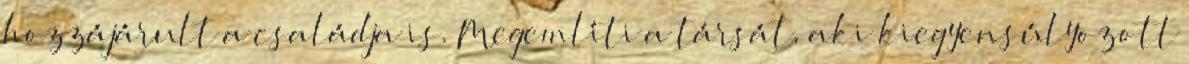
hozzájárult a családja is. Megemlíti a társát, aki kiegyensúlyozott